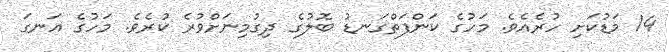
14 މަޑުކަށި ހުރެއެވެ. މަހުގެ ކަންފަތްގަނޑު ބޮލުގެ ދިގުމިނަށްވުރެ ކުރެވެ. މަހުގެ އަނގަ